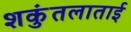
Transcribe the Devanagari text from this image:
शकुंतलाताई